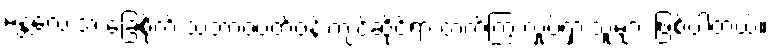
မန္တလေးအ ခြေစိုက် သဘာဝပတ်ဝန်းကျင်ဆိုင်ရာ တက်ကြွ လှုပ်ရှားသူများ ဖြစ်ပါတယ်။